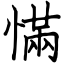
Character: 慲